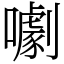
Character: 㘌